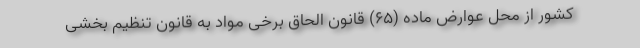
کشور از محل عوارض ماده (۶۵) قانون الحاق برخی مواد به قانون تنظیم بخشی